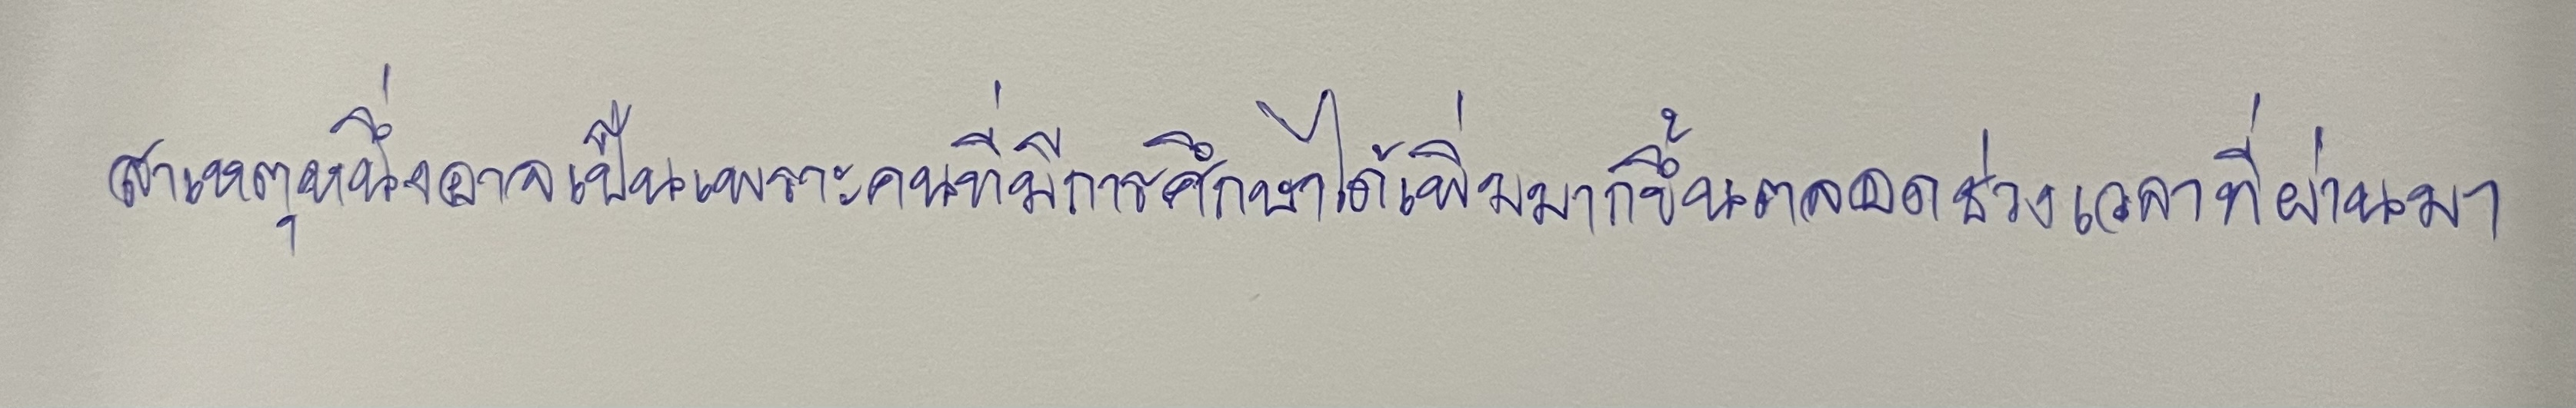
สาเหตุหนึ่งอาจเป็นเพราะคนที่มีการศึกษาได้เพิ่มมากขึ้นตลอดช่วงเวลาที่ผ่านมา